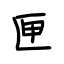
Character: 匣